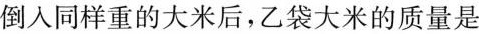
倒入同样重的大米后，乙袋大米的质量是